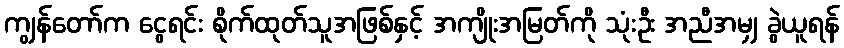
ကျွန်တော်က ငွေရင်း စိုက်ထုတ်သူအဖြစ်နှင့် အကျိုးအမြတ်ကို သုံးဦး အညီအမျှ ခွဲယူရန်